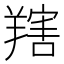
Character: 𦎱